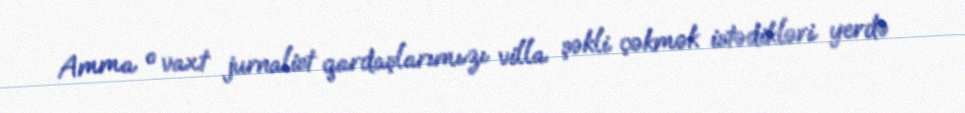
Amma o vaxt jurnalist qardaşlarımızı villa şəkli çəkmək istədikləri yerdə